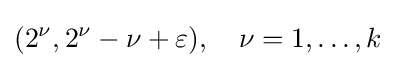
(2^{\nu },2^{\nu }-\nu +\varepsilon ),\quad \nu =1,\ldots ,k